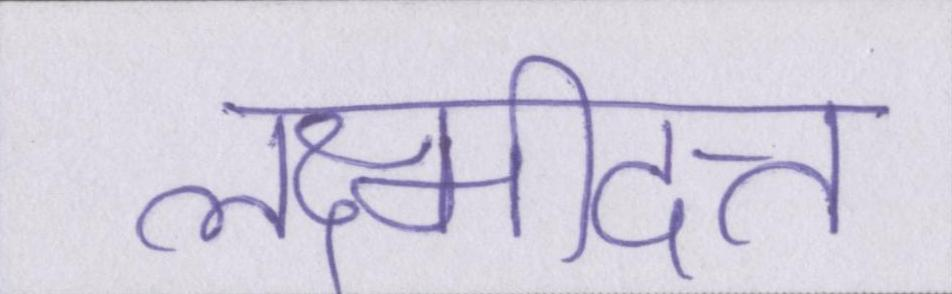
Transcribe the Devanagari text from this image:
लक्ष्मीदत्त